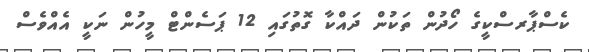
ކެސްޕާރސްކީގެ ހޯދުން ތަކުން ދައްކާ ގޮތުގައި 12 ޕަސެންޓް މީހުން ނަކީ އެއްވެސް